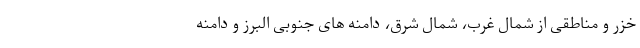
خزر و مناطقی از شمال غرب، شمال شرق، دامنه های جنوبی البرز و دامنه